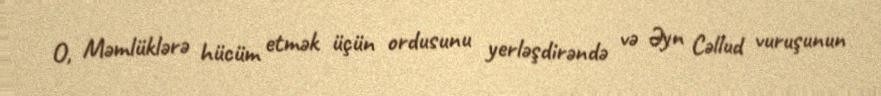
O, Məmlüklərə hücüm etmək üçün ordusunu yerləşdirəndə və Əyn Cəllud vuruşunun